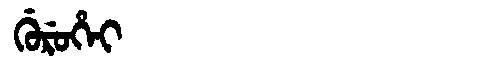
Manchu: ᡤᡠᡵᡠᡥᡝᡳ
Romanization: GURUHEI